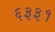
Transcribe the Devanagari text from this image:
६३३१